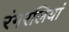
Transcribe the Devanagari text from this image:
रंगरलियां